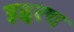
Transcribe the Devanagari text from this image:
इद्दरच